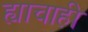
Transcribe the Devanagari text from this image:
ह्याचाही